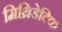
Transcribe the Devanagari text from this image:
मिथ्रिडेटिक